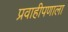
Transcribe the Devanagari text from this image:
प्रवाहीपणाला